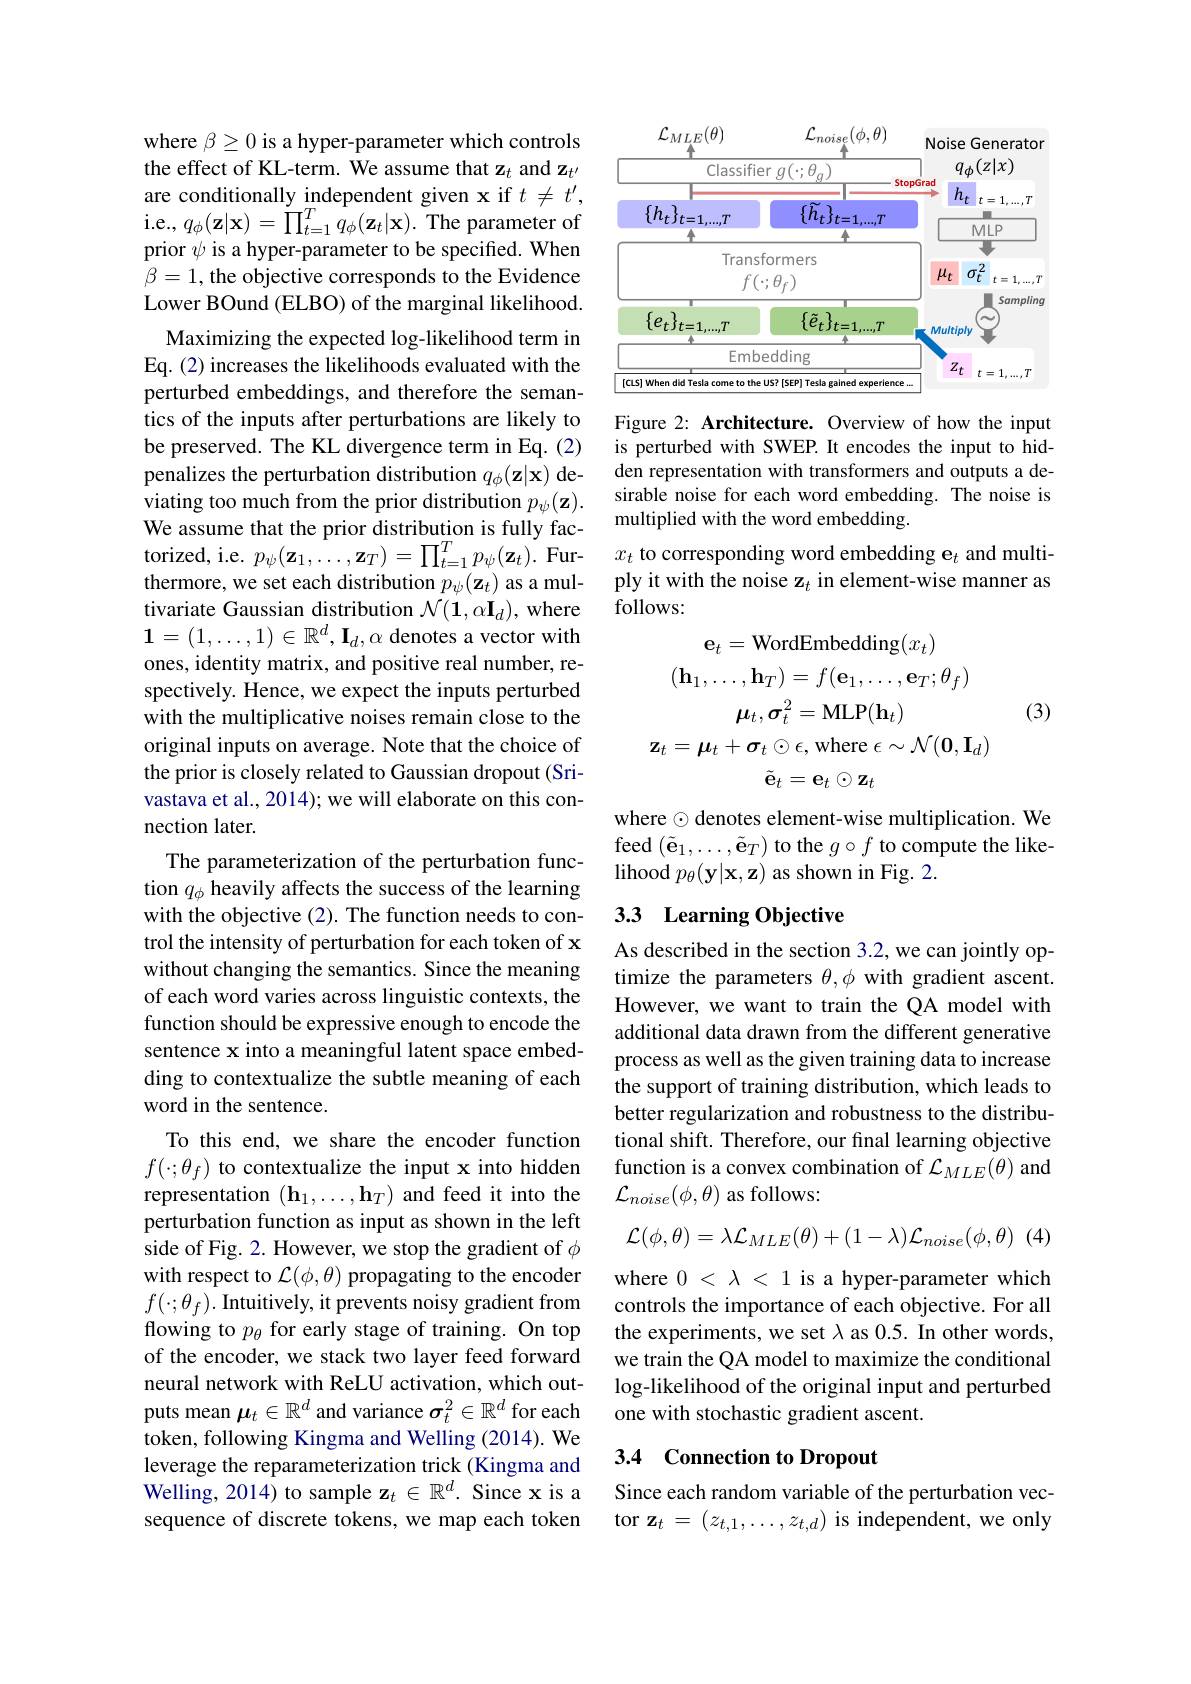
where $\beta\geq0$ is a hyper-parameter which controls the effect of KL-term. We assume that $\mathbf{z}_t$ and z are conditionally independent given x if $t\neq t^{\prime}$, i.e., $q_\phi(\mathbf{z}|\mathbf{x})=\ddot{\prod}_{t=1}^{T}\tilde{q}_{\phi}(\mathbf{z}_{t}|\mathbf{x}).$ The parameter of prior $\psi$ is a hyper-parameter to be specified. When $\beta=1$, the objective corresponds to the Evidence Lower BOund (ELBO) of the marginal likelihood.
Maximizing the expected log-likelihood term in Eq. (2) increases the likelihoods evaluated with the perturbed embeddings, and therefore the semantics of the inputs after perturbations are likely to be preserved. The KL divergence term in Eq. (2) penalizes the perturbation distribution $q_\phi(\mathbf{z}|\mathbf{x})$ deviating too much from the prior distribution $p_\psi(\mathbf{z}).$ We assume that the prior distribution is fully facthermore, we set each distribution $p_\psi(\mathbf{z}_t)$ as a multivariate Gaussian distribution $\mathcal{N}(\mathbf{1},\alpha\mathbf{I}_d)$, where $\mathbf{1}=(1,\ldots,1)\in\mathbb{R}^d,\mathbf{I}_d,\alpha$ denotes a vector with ones, identity matrix, and positive real number, respectively. Hence, we expect the inputs perturbed with the multiplicative noises remain close to the original inputs on average. Note that the choice of the prior is closely related to Gaussian dropout (Srivastava et al., 2014); we will elaborate on this connection later.
The parameterization of the perturbation function $q_\phi$ heavily affects the success of the learning with the objective (2). The function needs to control the intensity of perturbation for each token of x without changing the semantics. Since the meaning of each word varies across linguistic contexts, the function should be expressive enough to encode the sentence x into a meaningful latent space embedding to contextualize the subtle meaning of each word in the sentence.
To this end, we share the encoder function $f(\cdot;\theta_f)$ to contextualize the input x into hidden representation $(\mathbf{h}_1,\ldots,\mathbf{h}_T)$ and feed it into the perturbation function as input as shown in the left side of Fig. 2. However, we stop the gradient of $\phi$ with respect to $\mathcal{L}(\phi,\theta)$ propagating to the encoder $f(\cdot;\theta_{f}).$ Intuitively, it prevents noisy gradient from flowing to $p_\theta$ for early stage of training. On top of the encoder, we stack two layer feed forward neural network with ReLU activation, which outputs mean $\mu_t\in\mathbb{R}^d$ and variance $\sigma_t^2\in\mathbb{R}^d$ for each token, following Kingma and Welling (2014). We leverage the reparameterization trick (Kingma and Welling, 2014) to sample $\mathbf{z}_t\in\mathbb{R}^d.$ Since x is a sequence of discrete tokens, we map each token

<FigureHere>

Figure 2: Architecture. Overview of how the input is perturbed with SWEP. It encodes the input to hidden representation with transformers and outputs a desirable noise for each word embedding. The noise is multiplied with the word embedding.
torized, i.e. $p_\psi(\mathbf{z}_1,\ldots,\mathbf{z}_T)=\prod_{t=1}^Tp_\psi(\mathbf{z}_t).$ Fur- $x_t$ to corresponding word embedding $\mathbf{e}_t$ and multi-
ply it with the noise z$_t$ in element-wise manner as
follows:
$$\mathbf{e}_{t}=\mathrm{WordEmbedding}(x_{t})\\(\mathbf{h}_{1},\ldots,\mathbf{h}_{T})=f(\mathbf{e}_{1},\ldots,\mathbf{e}_{T};\theta_{f})\\\boldsymbol{\mu}_{t},\boldsymbol{\sigma}_{t}^{2}=\mathrm{MLP}(\mathbf{h}_{t})\\\mathbf{z}_{t}=\boldsymbol{\mu}_{t}+\boldsymbol{\sigma}_{t}\odot\epsilon,\mathrm{where}\:\epsilon\sim\mathcal{N}(\mathbf{0},\mathbf{I}_{d})\\\tilde{\mathbf{e}}_{t}=\mathbf{e}_{t}\odot\mathbf{z}_{t}$$
(3)

where $\odot$ denotes element-wise multiplication. We feed $(\tilde{\mathbf{e}}_1,\ldots,\tilde{\mathbf{e}}_T)$ to the $g\circ f$ to compute the likelihood $p_\theta(\mathbf{y}|\mathbf{x},\mathbf{z})$ as shown in Fig. 2.

# 3.3 Learning Objective

As described in the section 3.2, we can jointly optimize the parameters $\theta,\phi$ with gradient ascent. However, we want to train the QA model with additional data drawn from the different generative process as well as the given training data to increase the support of training distribution, which leads to better regularization and robustness to the distributional shift. Therefore, our final learning objective function is a convex combination of $\mathcal{L}_MLE(\theta)$ and $\mathcal{L}_{noise}(\phi,\theta)$ as follows:

(4)
$$\mathcal{L}(\phi,\theta)=\lambda\mathcal{L}_{MLE}(\theta)+(1-\lambda)\mathcal{L}_{noise}(\phi,\theta)$$
where $0<\lambda<1$ is a hyper-parameter which controls the importance of each objective. For all the experiments, we set $\lambda$ as 0.5. In other words, we train the QA model to maximize the conditional log-likelihood of the original input and perturbed one with stochastic gradient ascent.

## 3.4 Connection to Dropout

Since each random variable of the perturbation vector $\mathbf{z}_t=(z_{t,1},\ldots,z_{t,d})$ is independent, we only